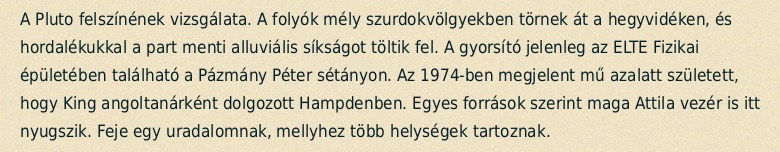
A Pluto felszínének vizsgálata. A folyók mély szurdokvölgyekben törnek át a hegyvidéken, és hordalékukkal a part menti alluviális síkságot töltik fel. A gyorsító jelenleg az ELTE Fizikai épületében található a Pázmány Péter sétányon. Az 1974-ben megjelent mű azalatt született, hogy King angoltanárként dolgozott Hampdenben. Egyes források szerint maga Attila vezér is itt nyugszik. Feje egy uradalomnak, mellyhez több helységek tartoznak.